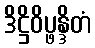
ဒိဋ္ဌိဝိပ္ဖန္ဒိတံ